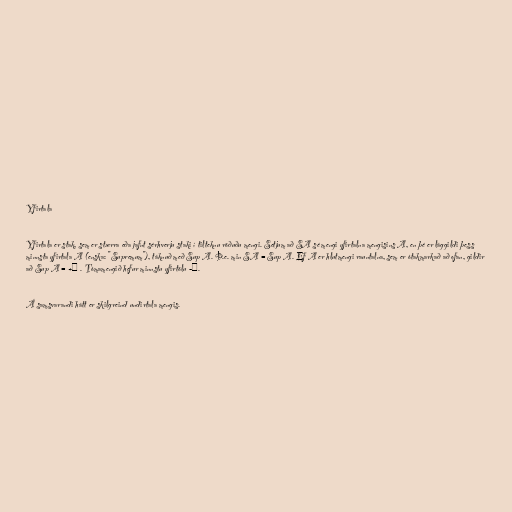
Yfirtala

Yfirtala er stak, sem er stærra eða jafnt sérhverju staki í tilteknu röðuðu mengi. Setjum að SA sé mengi yfirtalna mengisins A, en þé er lággildi þess
minnsta yfirtala A (enska: "Supremum"), táknuð með Sup A. Þ.e. min SA = Sup A. Ef A er hlutmengi rauntalna, sem er ótakmarkað að ofan, gildir
að Sup A = +∞ . Tómamengið hefur minnstu yfirtölu -∞.

Á samsvarandi hátt er skilgreind undirtala mengis.